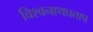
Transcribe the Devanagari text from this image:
विश्वनाथप्रताप